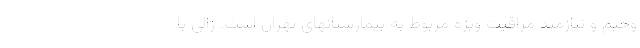
وخیم و نیازمند مراقبت ویژه مربوط به بیمارستانهای تهران است. زالی با